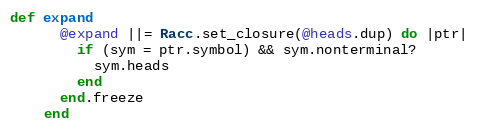
Language: Ruby
def expand
      @expand ||= Racc.set_closure(@heads.dup) do |ptr|
        if (sym = ptr.symbol) && sym.nonterminal?
          sym.heads
        end
      end.freeze
    end